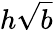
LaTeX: h\sqrt{b}